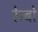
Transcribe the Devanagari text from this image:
रेन्‍बो